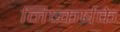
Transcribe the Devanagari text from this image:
निष्कर्षके